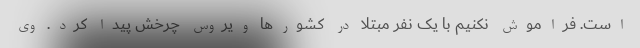
است. فراموش نکنیم با یک نفر مبتلا در کشورها ویروس چرخش پیدا کرد. وی